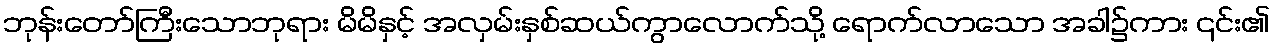
ဘုန်းတော်ကြီးသောဘုရား မိမိနှင့် အလှမ်းနှစ်ဆယ်ကွာလောက်သို့ ရောက်လာသော အခါ၌ကား ၎င်း၏